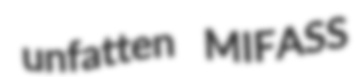
unfatten MIFASS